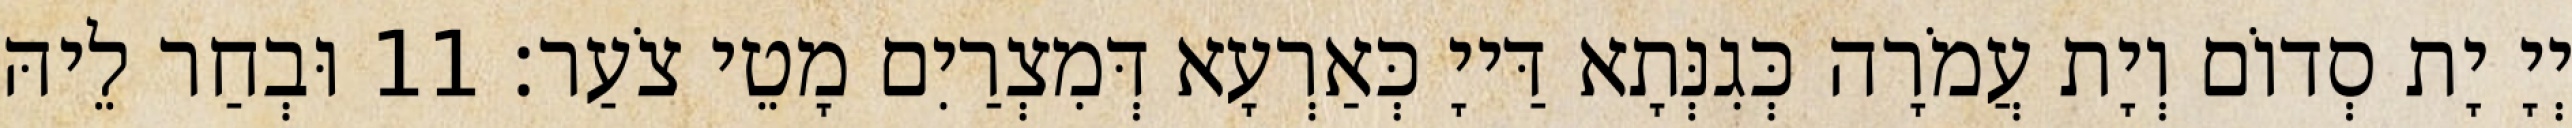
יְיָ יָת סְדוֹם וְיָת עֲמֹרָה כְּגִנְּתָא דַּייָ כְּאַרְעָא דְּמִצְרַיִם מָטֵי צֹעַר׃ 11 וּבְחַר לֵיהּ